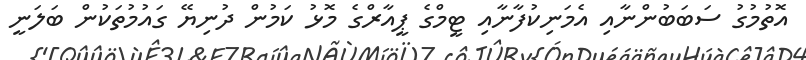
އޮތުމުގު ސަބަބުންނާއި އެމަނިކުފާނާއި ޓީމްގެ ޕީއާރްގެ މޮޅު ކަމުން ދުނިޔޭ ގައުމުތަކުން ބަލަނީ